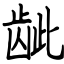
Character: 龇